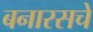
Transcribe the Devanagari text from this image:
बनारसचे